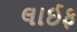
લાઈફ